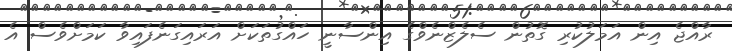
ރާއްޖެ އިން އަމަލުކުރި ގޮތުން ސެލެޒްނެވްގެ އިންސާނީ ހައްގުތަކަށް އަރައިގަނެފައިވާ ކަމަށްވެސް އެ